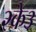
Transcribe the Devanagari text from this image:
२के३